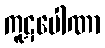
ကူဋပေါဏာ